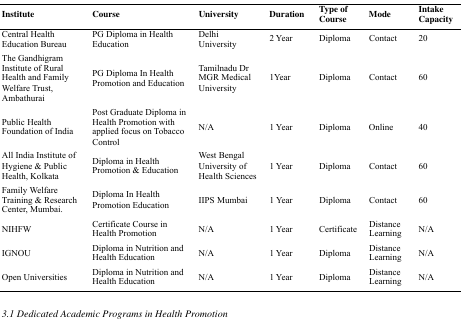
<table><thead><tr><td><b>Institute</b></td><td><b>Course</b></td><td><b>University</b></td><td><b>Duration</b></td><td><b>Type of Course</b></td><td><b>Mode</b></td><td><b>Intake Capacity</b></td></tr></thead><tbody><tr><td>Central Health Education Bureau</td><td>PG Diploma in Health Education</td><td>Delhi University</td><td>2 Year</td><td>Diploma</td><td>Contact</td><td>20</td></tr><tr><td>The Gandhigram Institute of Rural Health and Family Welfare Trust, Ambathurai</td><td>PG Diploma In Health Promotion and Education</td><td>Tamilnadu Dr MGR Medical University</td><td>1Year</td><td>Diploma</td><td>Contact</td><td>60</td></tr><tr><td>Public Health Foundation of India</td><td>Post Graduate Diploma in Health Promotion with applied focus on Tobacco Control</td><td>N/A</td><td>1 Year</td><td>Diploma</td><td>Online</td><td>40</td></tr><tr><td>All India Institute of Hygiene &amp; Public Health, Kolkata</td><td>Diploma in Health Promotion &amp; Education</td><td>West Bengal University of Health Sciences</td><td>1 Year</td><td>Diploma</td><td>Contact</td><td>60</td></tr><tr><td>Family Welfare Training &amp; Research Center, Mumbai.</td><td>Diploma In Health Promotion Education</td><td>IIPS Mumbai</td><td>1 Year</td><td>Diploma</td><td>Contact</td><td>60</td></tr><tr><td>NIHFW</td><td>Certificate Course in Health Promotion</td><td>N/A</td><td>1 Year</td><td>Certificate</td><td>Distance Learning</td><td>N/A</td></tr><tr><td>IGNOU</td><td>Diploma in Nutrition and Health Education</td><td>N/A</td><td>1 Year</td><td>Diploma</td><td>Distance Learning</td><td>N/A</td></tr><tr><td>Open Universities</td><td>Diploma in Nutrition and Health Education</td><td>N/A</td><td>1 Year</td><td>Diploma</td><td>Distance Learning</td><td>N/A</td></tr></tbody></table>